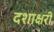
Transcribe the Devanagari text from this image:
दशाक्षरी